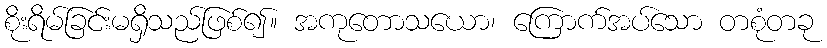
စိုးရိမ်ခြင်းမရှိသည်ဖြစ်၍။ အကုတောသယော၊ ကြောက်အပ်သော တစုံတခု